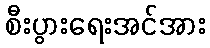
စီးပွားရေးအင်အား